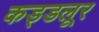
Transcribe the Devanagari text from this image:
कड्डलूर